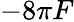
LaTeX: -8\pi F